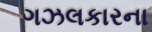
ગઝલકારના